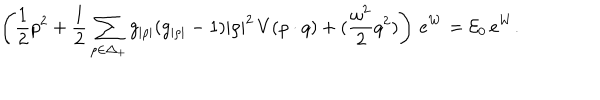
LaTeX: \left( { \frac { 1 } { 2 } } p ^ { 2 } + { \frac { 1 } { 2 } } \sum _ { \rho \in \Delta _ { + } } g _ { | \rho | } ( g _ { | \rho | } - 1 ) | \rho | ^ { 2 } \, V ( \rho \cdot q ) + ( { \frac { \omega ^ { 2 } } { 2 } } q ^ { 2 } ) \right) \, e ^ { W } = { \cal E } _ { 0 } \, e ^ { W } .